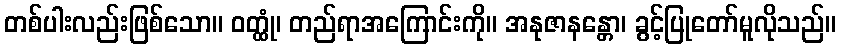
တစ်ပါးလည်းဖြစ်သော။ ဝတ္ထုံ၊ တည်ရာအကြောင်းကို။ အနုဇာနန္တော၊ ခွင့်ပြုတော်မူလိုသည်။